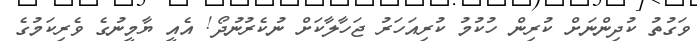
ވަގުތު ކުދިންނަށް ކުރިން ހުކުމު ކުރިއަހަރު ޖަހާލާކަށް ނުކެރުނުދޯ! އެއީ ޔާމީނުގެ ވެރިކަމުގެ